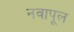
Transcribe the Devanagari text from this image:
नवापूल